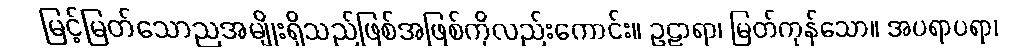
မြင့်မြတ်သောညအမျိုးရှိသည်ဖြစ်အဖြစ်ကိုလည်းကောင်း။ ဥဠာရာ၊ မြတ်ကုန်သော။ အပရာပရာ၊